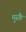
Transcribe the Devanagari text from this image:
मुस्कै